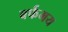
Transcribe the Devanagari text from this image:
बर्फमय